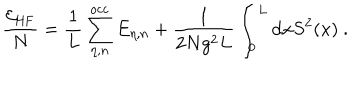
\frac { { \cal E } _ { \mathrm { H F } } } { N } = \frac { 1 } { L } \sum _ { \eta , n } ^ { \mathrm { o c c } } E _ { \eta , n } + \frac { 1 } { 2 N g ^ { 2 } L } \int _ { 0 } ^ { L } \mathrm { d } x S ^ { 2 } ( x ) \ .